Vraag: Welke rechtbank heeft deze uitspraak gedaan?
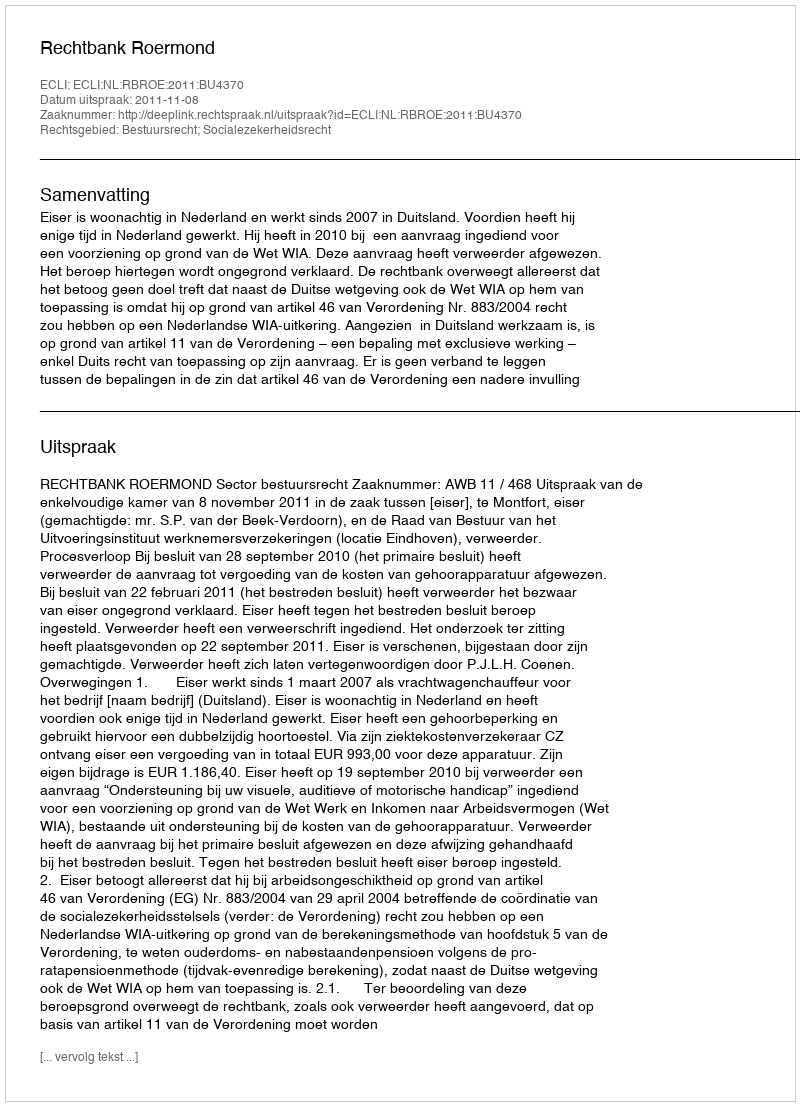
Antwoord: Rechtbank Roermond